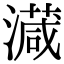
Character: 𣿎